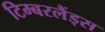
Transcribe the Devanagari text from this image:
टिम्बरलैंड्स